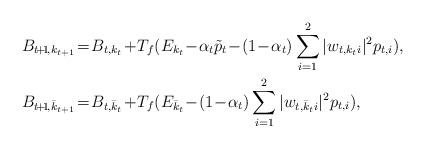
LaTeX: \begin{align*}& B_{t\!+\!1\!,k_{t+1}} \!=\! B_{t,k_t} \!+\! T_f(E_{k_t} \!-\! \alpha_t\tilde{p}_{t} \!-\! (1\!-\!\alpha_t) \sum_{i=1}^2 |w_{t,k_ti}|^2 p_{t,i}), \\& B_{t\!+\!1\!,\bar{k}_{t+1}} \!=\! B_{t,\bar{k}_t} \!+\! T_f(E_{\bar{k}_t} \!-\! (1\!-\!\alpha_t)\sum_{i=1}^2 |w_{t,\bar{k}_ti}|^2 p_{t,i}), \end{align*}